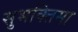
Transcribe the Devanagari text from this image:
सुभक्तिमा